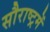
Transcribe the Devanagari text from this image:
सौराष्‍ट्रमें